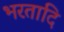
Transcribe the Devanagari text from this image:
भरतादि